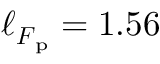
\ell _ { \boldsymbol { F } _ { \mathrm { p } } } = 1 . 5 6